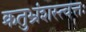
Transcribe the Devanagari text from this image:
क्रतुभ्रंशस्त्वत्तः